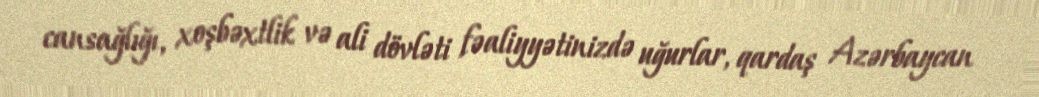
cansağlığı, xoşbəxtlik və ali dövləti fəaliyyətinizdə uğurlar, qardaş Azərbaycan